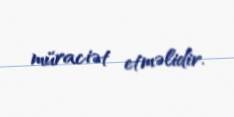
müraciət etməlidir.